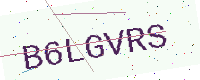
Text: B6LGVRS